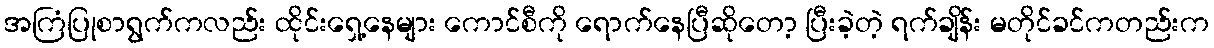
အကြံပြုစာရွက်ကလည်း ထိုင်းရှေ့နေများ ကောင်စီကို ရောက်နေပြီဆိုတော့ ပြီးခဲ့တဲ့ ရက်ချိန်း မတိုင်ခင်ကတည်းက